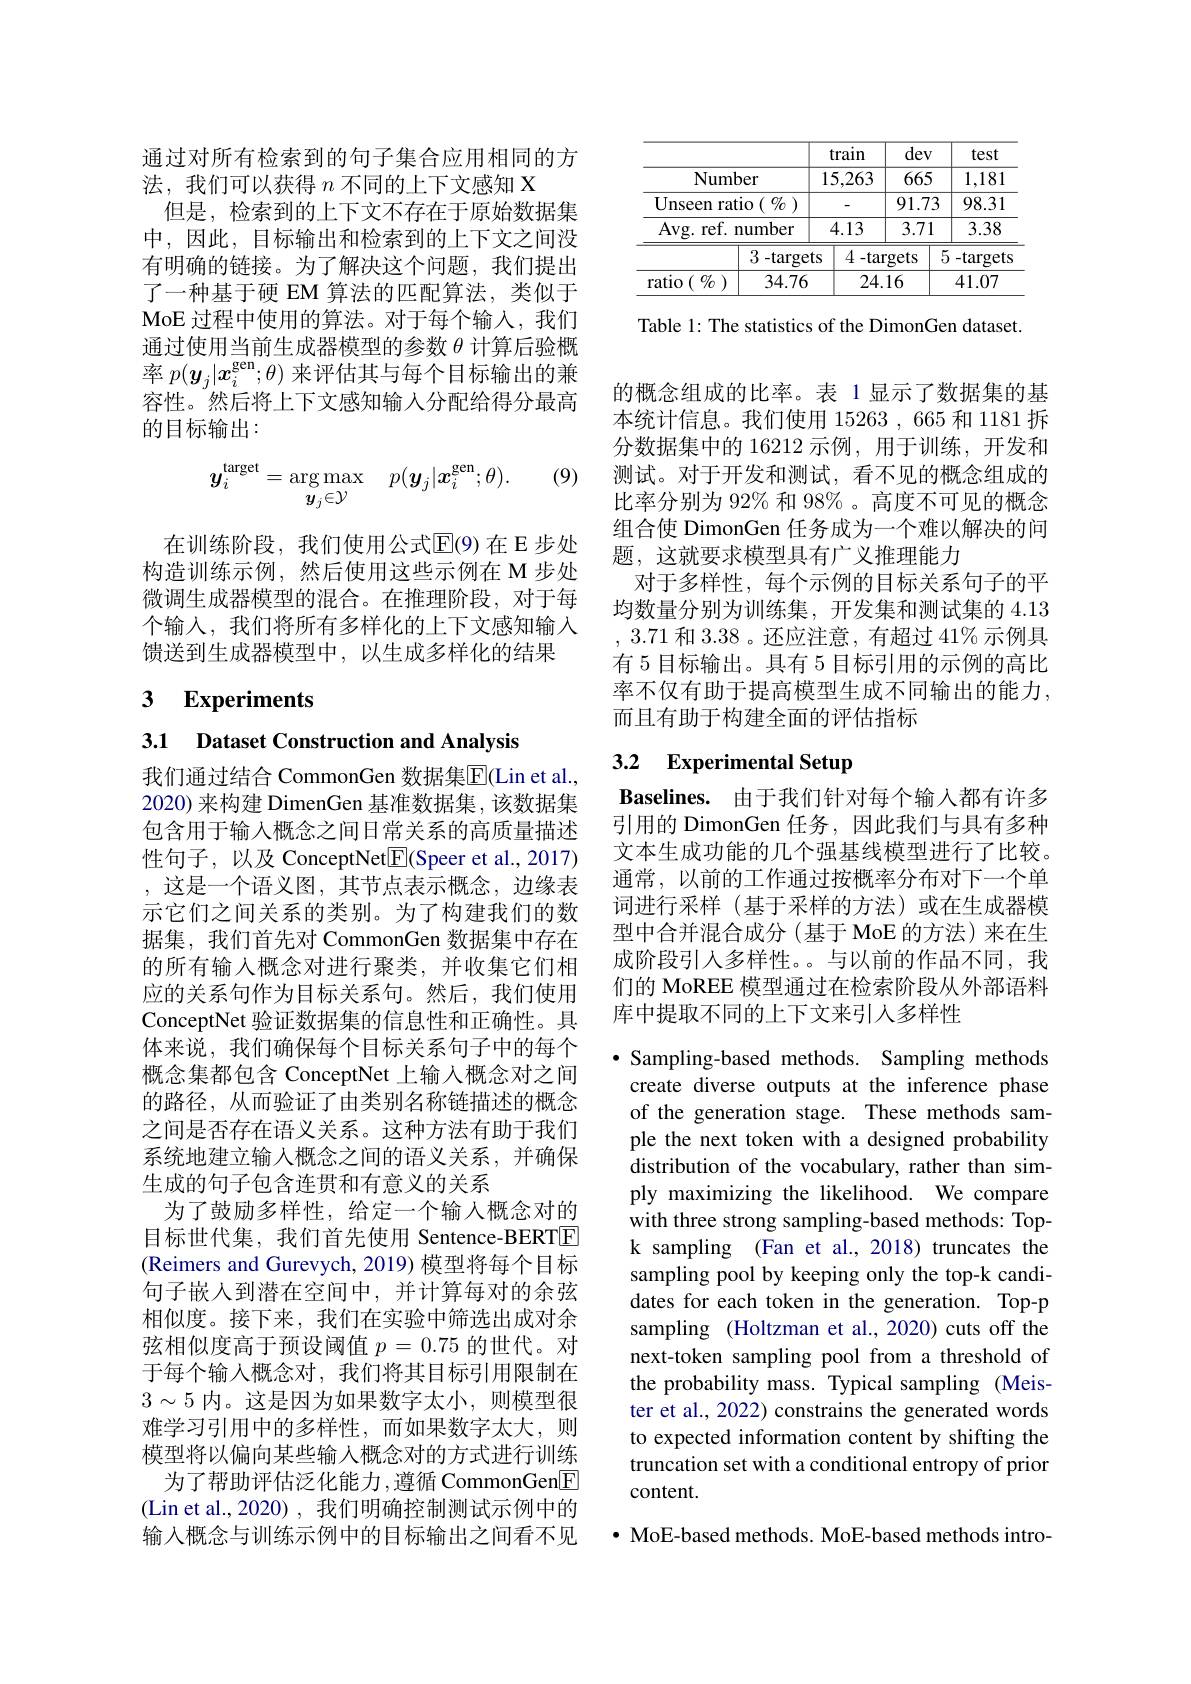
通过对所有检索到的句子集合应用相同的方
法，我们可以获得$n$不同的上下文感知 X
但是，检索到的上下文不存在于原始数据集中，因此，目标输出和检索到的上下文之间没有明确的链接。为了解决这个问题，我们提出了一种基于硬 EM 算法的匹配算法，类似于MoE过程中使用的算法。对于每个输入，我们通过使用当前生成器模型的参数$\theta$计算后验概率$p(\boldsymbol{y}_j|\boldsymbol{x}_i^\mathrm{gen};\theta)$来评估其与每个目标输出的兼容性。然后将上下文感知输入分配给得分最高的目标输出：

(9)
$$y_i^{\mathrm{target}}=\arg\max_{\boldsymbol{y}_j\in\mathcal{Y}}\quad p(\boldsymbol{y}_j|\boldsymbol{x}_i^{\mathrm{gen}};\theta).$$
在训练阶段，我们使用公式$\overline{\mathrm{E}}$(9)在E步处构造训练示例，然后使用这些示例在 M 步处微调生成器模型的混合。在推理阶段，对于每个输入，我们将所有多样化的上下文感知输入馈送到生成器模型中，以生成多样化的结果

# 3 Experiments

3.1 Dataset Construction and Analysis

我们通过结合 CommonGen 数据集$\overline{\mathrm{E}}($Lin et al. 2020) 来构建 DimenGen 基准数据集，该数据集包含用于输入概念之间日常关系的高质量描述性句子，以及 ConceptNet$\boxed{\mathrm{F}}($Speer et al.,2017) ,这是一个语义图，其节点表示概念，边缘表示它们之间关系的类别。为了构建我们的数据集，我们首先对 CommonGen 数据集中存在的所有输入概念对进行聚类，并收集它们相应的关系句作为目标关系句。然后，我们使用ConceptNet 验证数据集的信息性和正确性。具体来说，我们确保每个目标关系句子中的每个概念集都包含 ConceptNet 上输入概念对之间的路径，从而验证了由类别名称链描述的概念之间是否存在语义关系。这种方法有助于我们系统地建立输入概念之间的语义关系，并确保生成的句子包含连贯和有意义的关系
为了鼓励多样性，给定一个输入概念对的目标世代集，我们首先使用 Sentence-BERTE (Reimers and Gurevych, 2019) 模型将每个目标句子嵌人到潜在空间中，并计算每对的余弦相似度。接下来，我们在实验中筛选出成对余弦相似度高于预设阈值$p=0.75$的世代。对于每个输入概念对，我们将其目标引用限制在$3\sim5$内。这是因为如果数字太小，则模型很难学习引用中的多样性，而如果数字太大，则模型将以偏向某些输入概念对的方式进行训练
为了帮助评估泛化能力，遵循 CommonGen$\boxed{\mathrm{E}}$ (Lin et al., 2020), 我们明确控制测试示例中的输入概念与训练示例中的目标输出之间看不见

<table>
	<tbody>
		<tr>
			<th> </th>
			<th> </th>
			<th>train</th>
			<th>dev</th>
			<th>test</th>
		</tr>
		<tr>
			<td>Number</td>
			<td>$er$</td>
			<td>15,263</td>
			<td>665</td>
			<td>1,181</td>
		</tr>
		<tr>
			<td>Unseen ratio $(\begin{array}{c}{{\mathcal{O}}}\\{{\mathcal{O}}}\end{array})$</td>
			<td>$\%$ $i0$ $(\begin{smallmatrix}t\\\vdots\end{smallmatrix}$</td>
			<td>-</td>
			<td>91.73</td>
			<td>98.31</td>
		</tr>
		<tr>
			<td>Avg. ref. number</td>
			<td>umber</td>
			<td>4.13</td>
			<td>3.71</td>
			<td>3.38</td>
		</tr>
		<tr>
			<td>3-targe</td>
			<td>3 -target</td>
			<td>$4-\tan$</td>
			<td colspan="2">5-targets $\operatorname{argets}$</td>
		</tr>
		<tr>
			<td>$\operatorname{ratio}\left(\begin{array}{c}{{\mathcal{O}}}\\{{\mathcal{O}}}\end{array}\right)$ 34.76</td>
			<td>34.76</td>
			<td>24.</td>
			<td>16</td>
			<td>41.07</td>
		</tr>
	</tbody>
</table>

Table 1: The statistics of the DimonGen dataset.

的概念组成的比率。表 1 显示了数据集的基本统计信息。我们使用 15263 , 665 和 1181 拆分数据集中的 16212 示例 ,用于训练 ,开发和测试。对于开发和测试，看不见的概念组成的比率分别为 92% 和 98% 。高度不可见的概念组合使 DimonGen 任务成为一个难以解决的问题，这就要求模型具有广义推理能力
对于多样性，每个示例的目标关系句子的平均数量分别为训练集，开发集和测试集的4.13 ,3.71和3.38 。还应注意，有超过 41%示例具有 5 目标输出。具有 5 目标引用的示例的高比率不仅有助于提高模型生成不同输出的能力， 而且有助于构建全面的评估指标

# 3.2 Experimental Setup

Baselines. 由于我们针对每个输入都有许多引用的 DimonGen 任务，因此我们与具有多种文本生成功能的几个强基线模型进行了比较。通常，以前的工作通过按概率分布对下一个单词进行采样(基于采样的方法)或在生成器模型中合并混合成分(基于 MoE 的方法)来在生成阶段引入多样性。。与以前的作品不同，我们的 MoREE 模型通过在检索阶段从外部语料库中提取不同的上下文来引入多样性

$\bullet$ Sampling-based methods. Sampling methods create diverse outputs at the inference phase of the generation stage. These methods sample the next token with a designed probability distribution of the vocabulary, rather than simply maximizing the likelihood. We compare with three strong sampling-based methods: Topk sampling (Fan et al., 2018) truncates the sampling pool by keeping only the top-k candidates for each token in the generation. Top-p sampling (Holtzman et al., 2020) cuts off the next-token sampling pool from a threshold of the probability mass. Typical sampling (Meister et al., 2022) constrains the generated words to expected information content by shifting the truncation set with a conditional entropy of prior content.

$\bullet$ MoE-based methods. MoE-based methods intro-